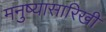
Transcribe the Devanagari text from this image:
मनुष्यासारिखी